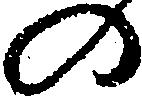
の